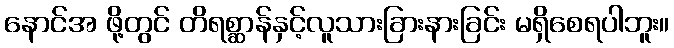
နောင်အ ဖို့တွင် တိရစ္ဆာန်နှင့်လူသားခြားနားခြင်း မရှိစေရပါဘူး။